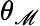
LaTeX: \theta_{\mathscr{M}}